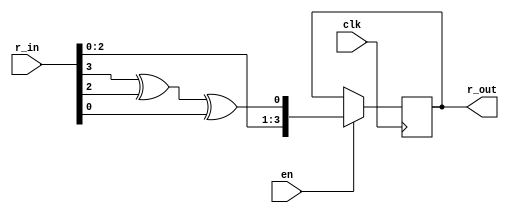
`timescale 1ns / 1ps
//////////////////////////////////////////////////////////////////////////////////
// Company: 
// Engineer: 
// 
// Design Name: 
// Module Name: lfsr
// Project Name: 
// Target Devices: 
// Tool Versions: 
// Description: 
// 
// Dependencies: 
// 
// Revision:
// Revision 0.01 - File Created
// Additional Comments:
// 
//////////////////////////////////////////////////////////////////////////////////


module lfsr(
    input clk,
    input en,
    input [3:0] r_in,
    output reg [3:0] r_out
    );
    
    always @ (posedge clk) if (en) r_out <= {r_in[2:0], r_in[3] ^ r_in[2] ^ r_in[0]};

endmodule